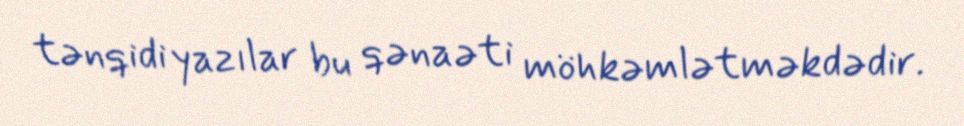
tənqidi yazılar bu qənaəti möhkəmlətməkdədir.